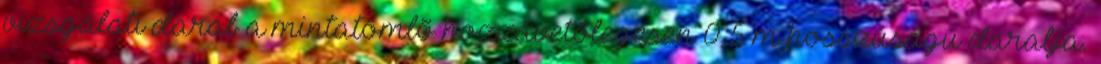
vizsgálati darab a mintatömlõ hozzávetõlegesen 0,5 m hosszúságú darabja.